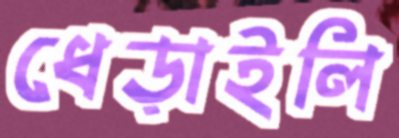
ধেড়াইলি